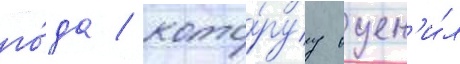
го́да / кото́руу оцен'и́л